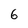
Character: 6